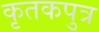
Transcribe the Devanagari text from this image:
कृतकपुत्र